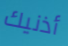
أذنيك